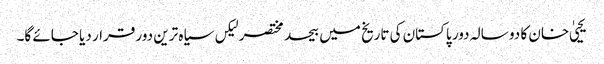
یحییٰ خان کا دو سالہ دور پاکستان کی تاریخ میں بیحد مختصر لیکں سیاہ ترین دور قرار دیا جائے گا۔